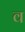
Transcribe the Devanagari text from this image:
व